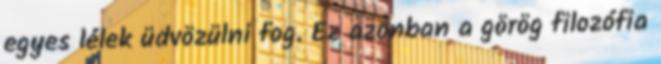
egyes lélek üdvözülni fog. Ez azonban a görög filozófia